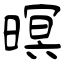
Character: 暝